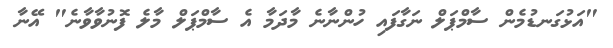
"އަޅުގަނޑުމެން ސާމްޕަލް ނަގާފައި ހުންނާނެ މާދަމާ އެ ސާމްޕަލް މާލެ ފޮނުވާވާނެ" އޭނާ